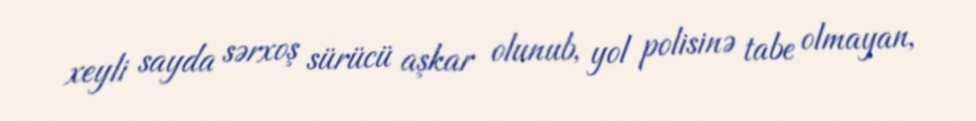
xeyli sayda sərxoş sürücü aşkar olunub, yol polisinə tabe olmayan,